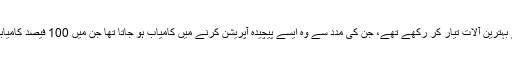
اُس نے آپریشن کے لئے خاص مہارت کے ساتھ خود ایسے بہترین آلات تیار کر رکھے تھے، جن کی مدد سے وہ ایسے پیچیدہ آپریشن کرنے میں کامیاب ہو جاتا تھا جن میں 100 فیصد کامیابی کی توقع دورِ حاضر کے ماہر سرجن بھی نہیں کر پاتے۔